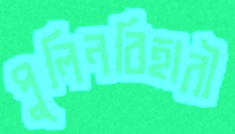
পুলিনবিহারী